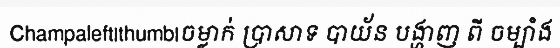
Champaleft|thumb|ចម្លាក់ ប្រាសាទ បាយ័ន បង្ហាញ ពី ចម្បាំង